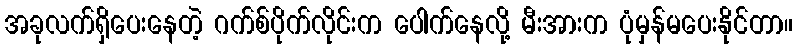
အခုလက်ရှိပေးနေတဲ့ ဂက်စ်ပိုက်လိုင်းက ပေါက်နေလို့ မီးအားက ပုံမှန်မပေးနိုင်တာ။